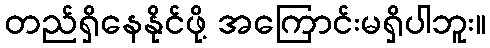
တည်ရှိနေနိုင်ဖို့ အကြောင်းမရှိပါဘူး။